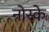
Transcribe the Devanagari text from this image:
नोस्के